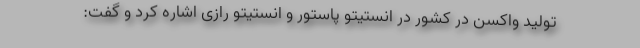
تولید واکسن در کشور در انستیتو پاستور و انستیتو رازی اشاره کرد و گفت: